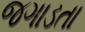
જગાડતા